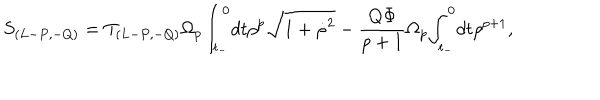
S _ { ( L - P , - Q ) } = T _ { ( L - P , - Q ) } { \Omega } _ { p } { \int } _ { t _ { - } } ^ { 0 } d t { \rho } ^ { p } \sqrt { 1 + { \dot { \rho } } ^ { 2 } } - \frac { Q { \Phi } } { p + 1 } { \Omega } _ { p } { \int } _ { t _ { - } } ^ { 0 } d t { \rho } ^ { p + 1 } ,